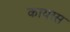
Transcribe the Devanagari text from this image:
कायरस